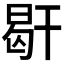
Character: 𢆜